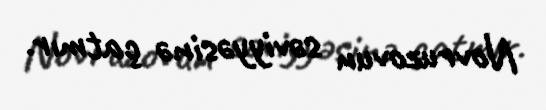
Novruzovun səviyyəsinə çatmır.